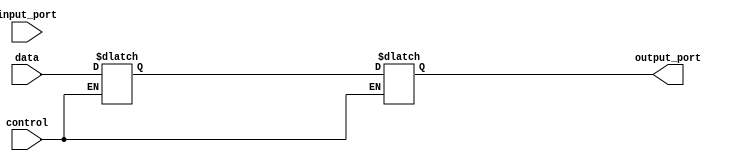
module IO_Buffer (
    input data,
    input control,
    input wire input_port,
    output wire output_port
);

reg buffer;

always @(data, control)
begin
    if (control == 1'b0) //input mode
        buffer <= data;
    else if (control == 1'b1) //output mode
        output_port <= buffer;
end

endmodule